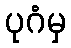
ပုဂံမှ